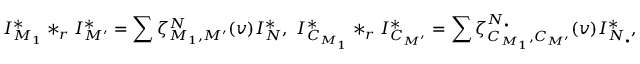
I _ { M _ { 1 } } ^ { * } * _ { r } I _ { M ^ { \prime } } ^ { * } = \sum \zeta _ { M _ { 1 } , M ^ { \prime } } ^ { N } ( v ) I _ { N } ^ { * } , \ I _ { C _ { M _ { 1 } } } ^ { * } * _ { r } I _ { C _ { M ^ { \prime } } } ^ { * } = \sum \zeta _ { C _ { M _ { 1 } } , C _ { M ^ { \prime } } } ^ { N _ { \bullet } } ( v ) I _ { N _ { \bullet } } ^ { * } ,